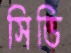
সিডি